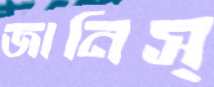
জানিস্